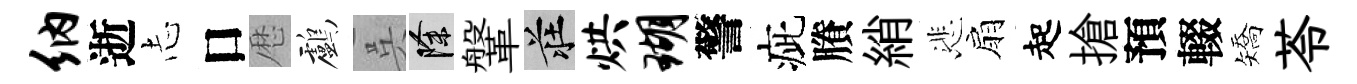
纳逝𢖽口厯鸕呉除鞶莊烘瑚警疵賸綃悲扇起搶預輟矯苓